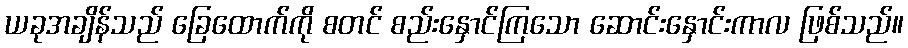
ယခုအချိန်သည် ခြေထောက်ကို စတင် စည်းနှောင်ကြသော ဆောင်းနှောင်းကာလ ဖြစ်သည်။